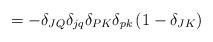
\begin{align*}=-\delta_{JQ}\delta_{jq}\delta_{PK}\delta_{pk}\left(1-\delta_{JK}\right)\end{align*}